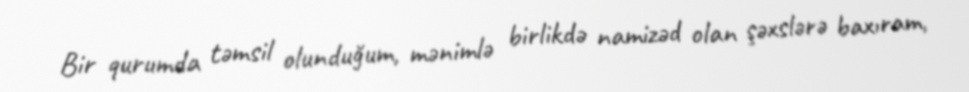
Bir qurumda təmsil olunduğum, mənimlə birlikdə namizəd olan şəxslərə baxıram,